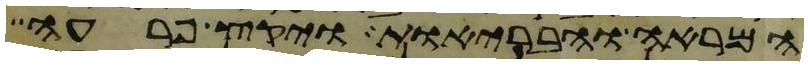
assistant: המראה והבריות ויקץ פרעה